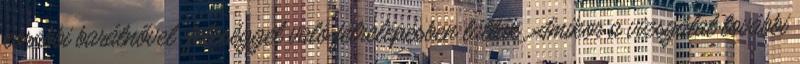
korábbi barátnővel feleséggel való félrelépésben látták. Amikor a vizsgálat további